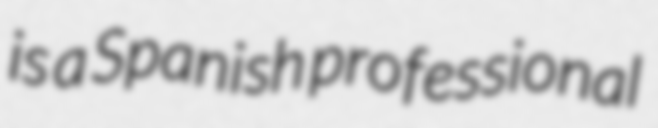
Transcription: is a Spanish professional